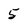
Character: 5